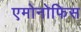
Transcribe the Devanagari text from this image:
एमोनोफिस